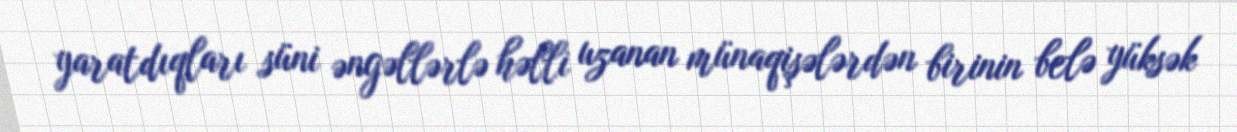
yaratdıqları süni əngəllərlə həlli uzanan münaqişələrdən birinin belə yüksək